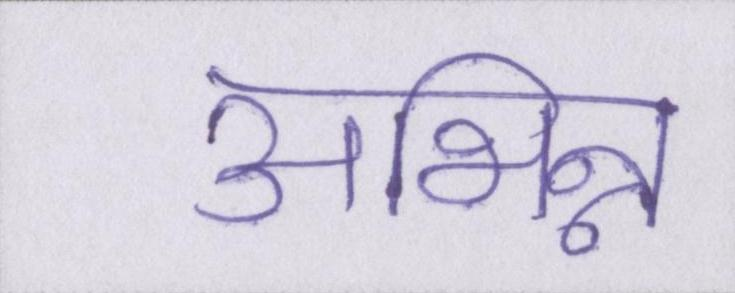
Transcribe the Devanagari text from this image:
अभिन्न